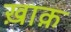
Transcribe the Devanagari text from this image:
ख़ाक़